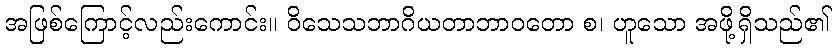
အဖြစ်ကြောင့်လည်းကောင်း။ ဝိသေသဘာဂိယတာဘာဝတော စ၊ ဟူသော အဖို့ရှိသည်၏